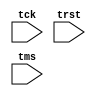
module TAP_ctrl
(
    input wire tck,//t-clk
    input wire trst,//t-reset
    input wire tms,//t-mode select

);









endmodule